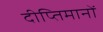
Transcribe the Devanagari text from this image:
दीप्तिमानों